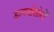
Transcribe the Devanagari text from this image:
डायनोसोरों